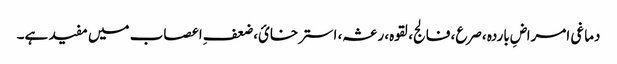
دماغی امراضِ باردہ ،صرع، فالج، لقوہ، رعشہ، استرخائ، ضعفِ اعصاب میں مفید ہے۔